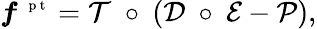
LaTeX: \boldsymbol f^{\mathrm{~\scriptsize~p~t~}}=\mathcal T~\circ~(\mathcal D~\circ~\mathcal E-\mathcal P),